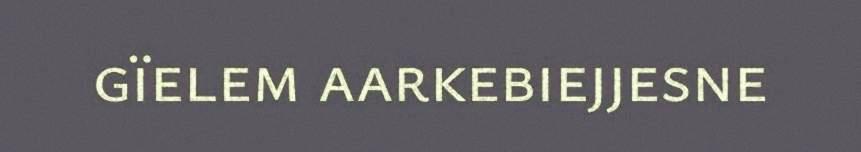
gïelem aarkebiejjesne